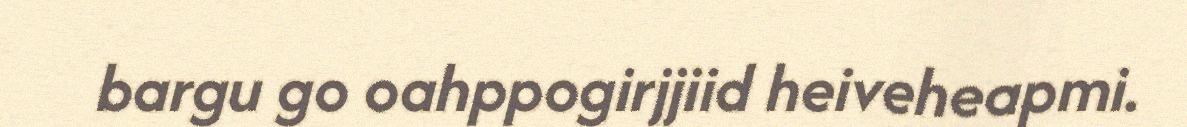
bargu go oahppogirjjiid heiveheapmi.